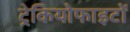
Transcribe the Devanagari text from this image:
ट्रेकियोफाइटों